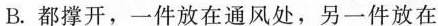
B.都撑开，一件放在通风处，另一件放在